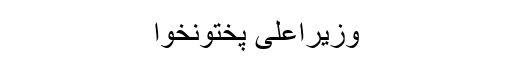
وزیراعلیٰ پختونخوا